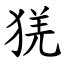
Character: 猐